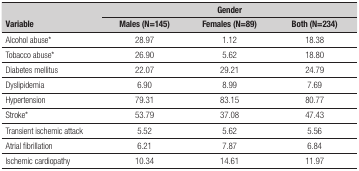
<table><thead><tr><td rowspan="2"><b>Variable</b></td><td colspan="3"><b>Gender</b></td></tr><tr><td><b>Males(N=145)</b></td><td><b>Females(N=89)</b></td><td><b>Both(N=234)</b></td></tr></thead><tbody><tr><td>Alcohol abuse*</td><td>28.97</td><td>1.12</td><td>18.38</td></tr><tr><td>Tobacco abuse*</td><td>26.90</td><td>5.62</td><td>18.80</td></tr><tr><td>Diabetes mellitus</td><td>22.07</td><td>29.21</td><td>24.79</td></tr><tr><td>Dyslipidemia</td><td>6.90</td><td>8.99</td><td>7.69</td></tr><tr><td>Hypertension</td><td>79.31</td><td>83.15</td><td>80.77</td></tr><tr><td>Stroke*</td><td>53.79</td><td>37.08</td><td>47.43</td></tr><tr><td>Transient ischemic attack</td><td>5.52</td><td>5.62</td><td>5.56</td></tr><tr><td>Atrial fibrillation</td><td>6.21</td><td>7.87</td><td>6.84</td></tr><tr><td>Ischemic cardiopathy</td><td>10.34</td><td>14.61</td><td>11.97</td></tr></tbody></table>